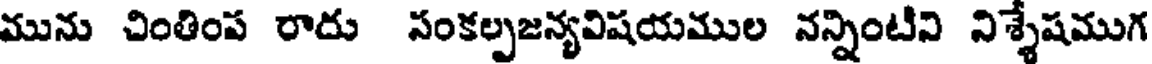
మును చింతింప రాదు సంకల్పజన్యవిషయముల నన్నింటిని నిశ్శేషముగ